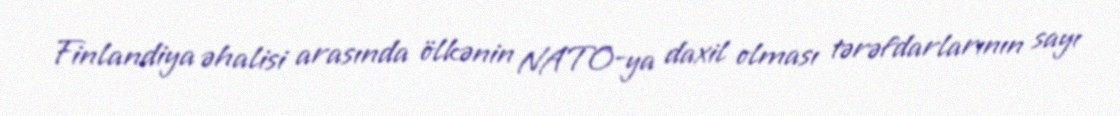
Finlandiya əhalisi arasında ölkənin NATO-ya daxil olması tərəfdarlarının sayı